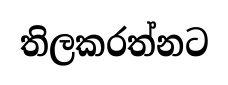
තිලකරත්නට